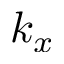
k _ { x }